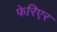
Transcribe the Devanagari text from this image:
फेरिएर